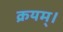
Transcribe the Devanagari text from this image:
क्रयम्।